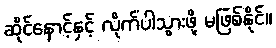
ဆိုင်နောင့်နှင့် လိုက်ပါသွားဖို့ မဖြစ်နိုင်။